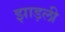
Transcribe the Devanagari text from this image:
झाड़ली